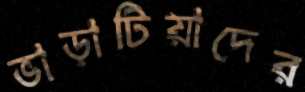
ভাড়াটিয়াদের